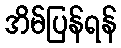
အိမ်ပြန်ရန်